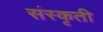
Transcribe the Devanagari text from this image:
संस्कृती